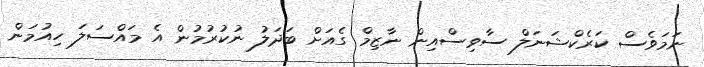
ނަމަވެސް ކަރެކްޝަނަލް ސާވިސްއިން ނާޒިމް ގެއަށް ބަދަލު ނުކުރުމުން އެ މައްސަލަ ހިއުމަން